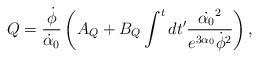
LaTeX: \begin{align*}Q=\frac{\dot{\phi}}{\dot{\alpha}_0} \left(A_{Q}+B_{Q} \int^t dt' \frac{\dot{\alpha_0}^2}{e^{3 \alpha_0}\dot{\phi}^2} \right),\end{align*}